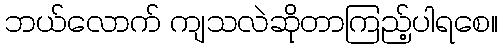
ဘယ်လောက် ကျသလဲဆိုတာကြည့်ပါရစေ။